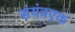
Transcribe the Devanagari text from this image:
संयंत्रएक